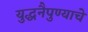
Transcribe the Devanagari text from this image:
युद्धनैपुण्याचे